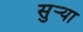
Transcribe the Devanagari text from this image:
सुर्‍या